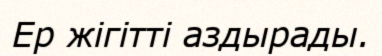
Ер жігітті аздырады.